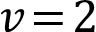
v \! = \! 2